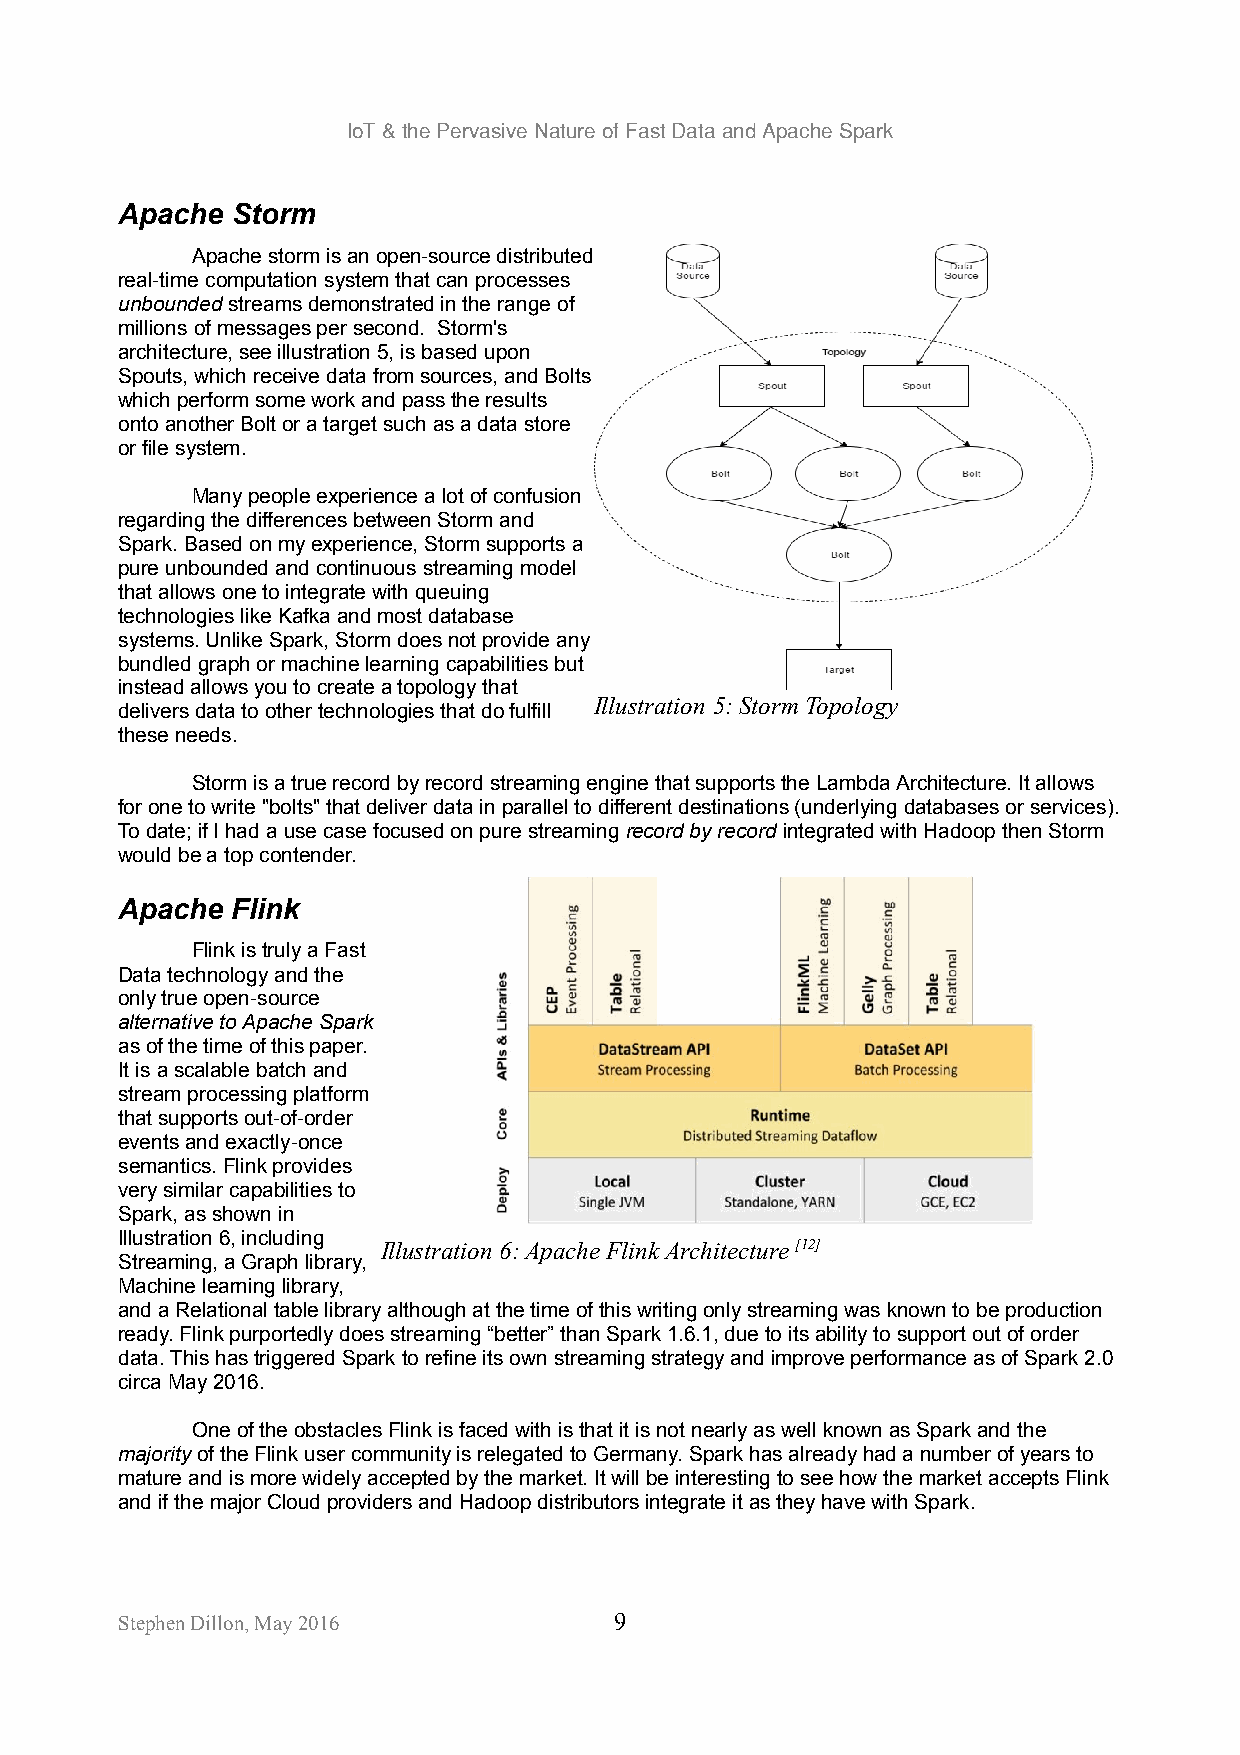
IoT & the Pervasive Nature of Fast Data and Apache Spark
 Apache Storm
 Apache storm is an open-source distributed
 real-time computation system that can processes
 unbounded streams demonstrated in the range of
 millions of messages per second. Storm's
 architecture, see illustration 5, is based upon
 Spouts, which receive data from sources, and Bolts
 which perform some work and pass the results
 onto another Bolt or a target such as a data store
 or file system.
 Many people experience a lot of confusion
 regarding the differences between Storm and
 Spark. Based on my experience, Storm supports a
 pure unbounded and continuous streaming model
 that allows one to integrate with queuing
 technologies like Kafka and most database
 systems. Unlike Spark, Storm does not provide any
 bundled graph or machine learning capabilities but
 instead allows you to create a topology that
 Illustration 5: Storm Topology
 delivers data to other technologies that do fulfill
 these needs.
 Storm is a true record by record streaming engine that supports the Lambda Architecture. It allows
 for one to write "bolts" that deliver data in parallel to different destinations (underlying databases or services).
 To date; if I had a use case focused on pure streaming record by record integrated with Hadoop then Storm
 would be a top contender.
 Apache Flink
 Flink is truly a Fast
 Data technology and the
 only true open-source
 alternative to Apache Spark
 as of the time of this paper.
 It is a scalable batch and
 stream processing platform
 that supports out-of-order
 events and exactly-once
 semantics. Flink provides
 very similar capabilities to
 Spark, as shown in
 Illustration 6, including
 Illustration 6: Apache Flink Architecture [12]
 Streaming, a Graph library,
 Machine learning library,
 and a Relational table library although at the time of this writing only streaming was known to be production
 ready. Flink purportedly does streaming “better” than Spark 1.6.1, due to its ability to support out of order
 data. This has triggered Spark to refine its own streaming strategy and improve performance as of Spark 2.0
 circa May 2016.
 One of the obstacles Flink is faced with is that it is not nearly as well known as Spark and the
 majority of the Flink user community is relegated to Germany. Spark has already had a number of years to
 mature and is more widely accepted by the market. It will be interesting to see how the market accepts Flink
 and if the major Cloud providers and Hadoop distributors integrate it as they have with Spark.
 Stephen Dillon, May 2016         9